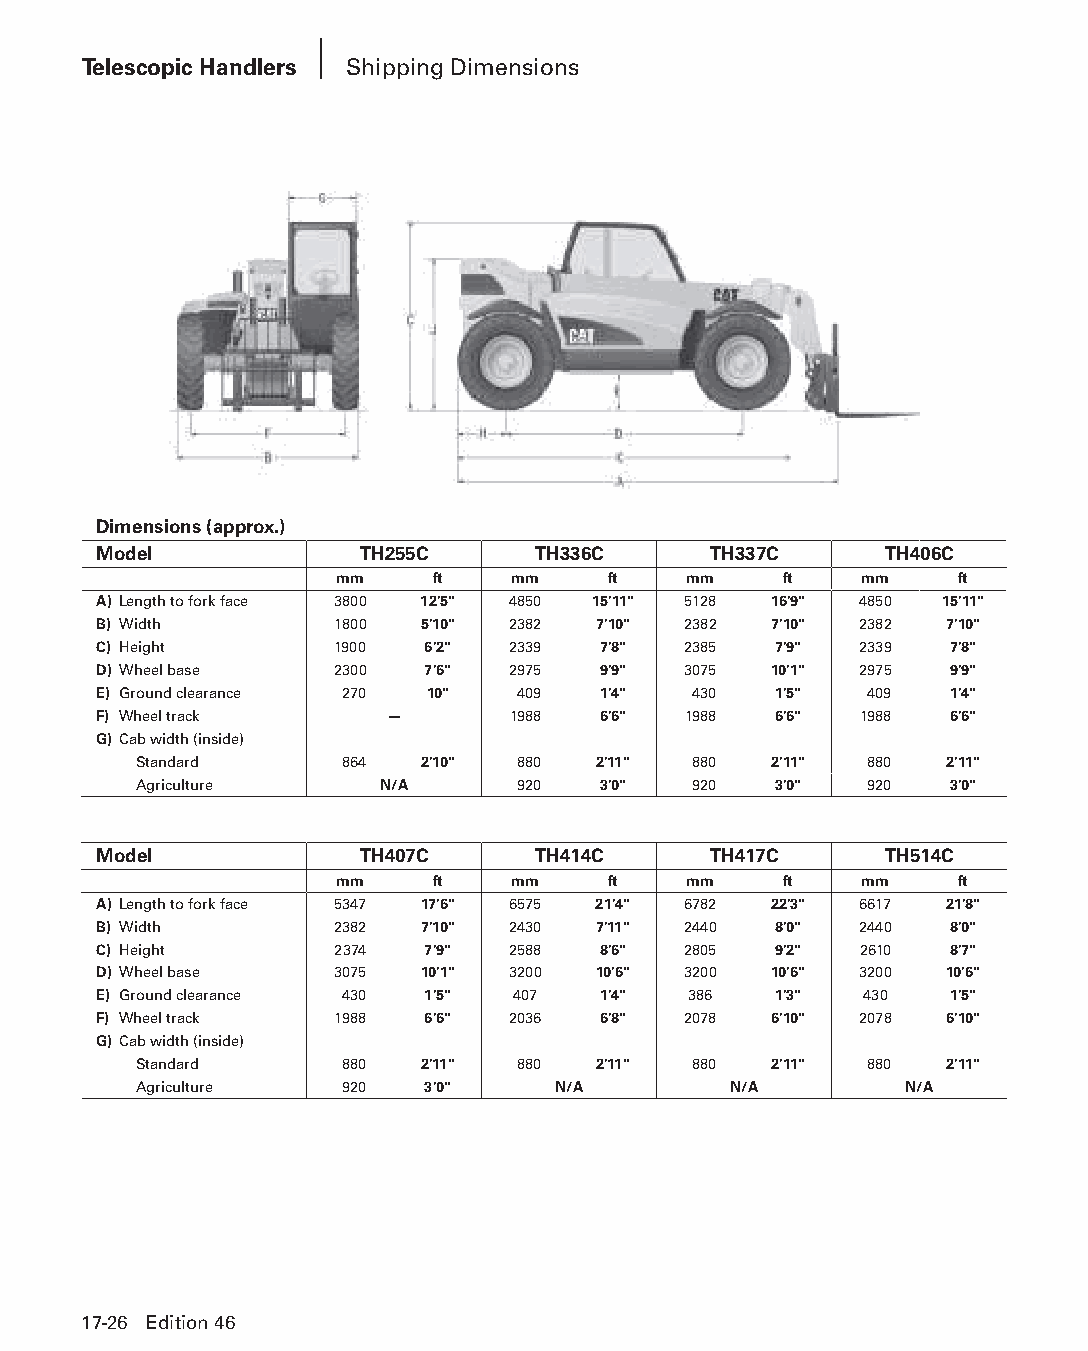
Telescopic Handlers Shipping Dimensions
 Dimensions (approx.)
 Model            TH255C      TH336C     TH337C      TH406C
 mm    ft   mm     ft   mm    ft   mm     ft
 A) Length to fork face 3800 12'5" 4850 15'11" 5128 16'9" 4850 15'11"
 B) Width       1800  5'10" 2382  7'10" 2382 7'10" 2382  7'10"
 C) Height      1900  6'2"  2339  7'8"  2385  7'9" 2339  7'8"
 D) Wheel base  2300  7'6"  2975  9'9"  3075 10'1" 2975  9'9"
 E) Ground clearance 270 10" 409  1'4"  430   1'5"  409  1'4"
 F) Wheel track     —       1988  6'6"  1988  6'6" 1988  6'6"
 G) Cab width (inside)
 Standard      864  2'10"  880  2'11" 880  2'11"  880  2'11"
 Agriculture      N/A      920  3'0"  920   3'0"  920  3'0"
 Model            TH407C      TH414C     TH417C      TH514C
 mm    ft   mm     ft   mm    ft   mm     ft
 A) Length to fork face 5347 17'6" 6575 21'4" 6782 22'3" 6617 21'8"
 B) Width       2382  7'10" 2430  7'11" 2440  8'0" 2440  8'0"
 C) Height       2374 7'9"  2588  8'6"  2805  9'2" 2610  8'7"
 D) Wheel base  3075  10'1" 3200  10'6" 3200 10'6" 3200  10'6"
 E) Ground clearance 430 1'5" 407 1'4"  386   1'3"  430  1'5"
 F) Wheel track  1988 6'6"  2036  6'8"  2078 6'10" 2078  6'10"
 G) Cab width (inside)
 Standard      880  2'11"  880  2'11" 880  2'11"  880  2'11"
 Agriculture   920  3'0"     N/A         N/A        N/A
 17-26 Edition 46
 PPHHBB--SSeecc1177--1166..iinndddd 2266                        1122//44//1155 1100::5555 AAMM